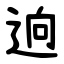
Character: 逈